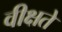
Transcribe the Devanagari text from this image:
वीक्षते